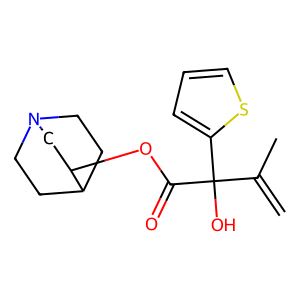
SMILES: C=C(C)C(O)(C(=O)OC1CN2CCC1CC2)c1cccs1
Inhibits HIV replication: No